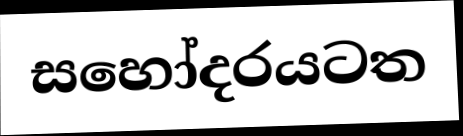
සහෝදරයටත